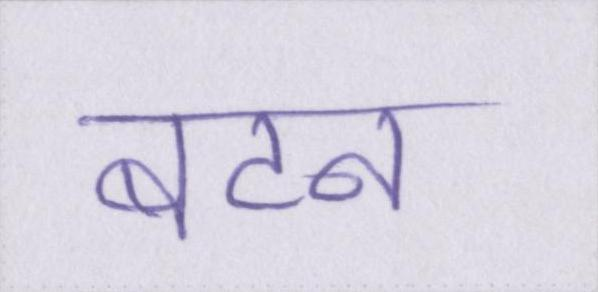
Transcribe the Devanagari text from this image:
बटन